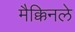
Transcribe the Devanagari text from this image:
मैक्किनले